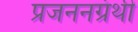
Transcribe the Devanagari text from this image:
प्रजननग्रंथी